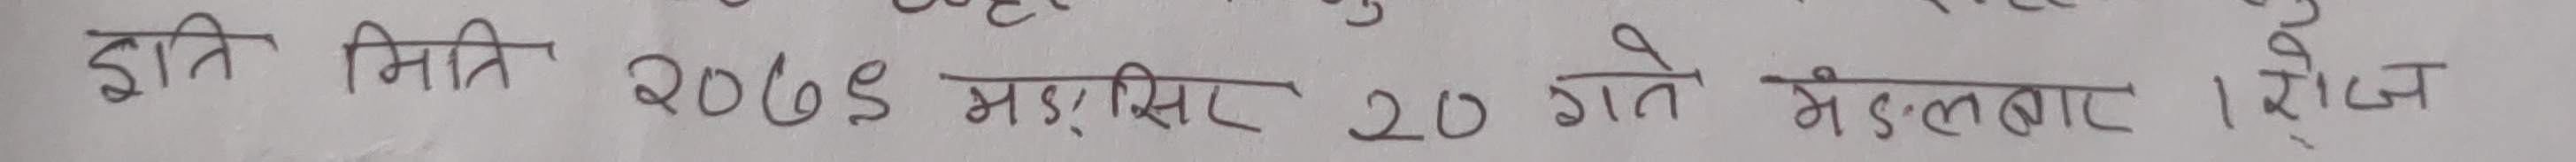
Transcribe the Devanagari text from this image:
इति मिति २०७९ मङ्सिर २० गते मङलबार । रोज